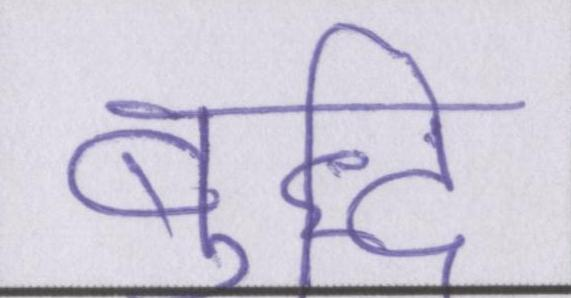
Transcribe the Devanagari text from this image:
बुद्धि